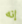
إنه